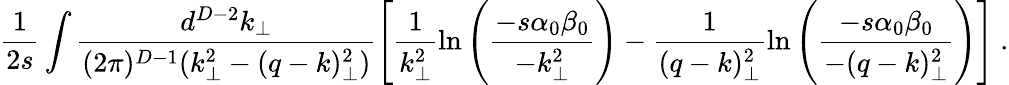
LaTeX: \frac{1}{2s}\int\frac{d^{D-2}k_{\perp}}{(2\pi)^{D-1}(k_{\perp}^{2}-(q-k)_{\perp}^{2})}\left[\frac{1}{k_{\perp}^{2}}\ln\left(\frac{-s\alpha_{0}\beta_{0}}{-k_{\perp}^{2}}\right)-\frac{1}{(q-k)_{\perp}^{2}}\ln\left(\frac{-s\alpha_{0}\beta_{0}}{-(q-k)_{\perp}^{2}}\right)\right]~.